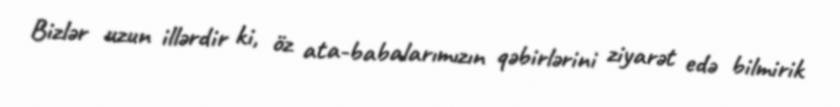
Bizlər uzun illərdir ki, öz ata-babalarımızın qəbirlərini ziyarət edə bilmirik